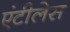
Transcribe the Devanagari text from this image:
एंटीलेस